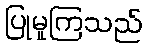
ပြုမူကြသည်